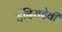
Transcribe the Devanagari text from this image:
इंदिरादेवी